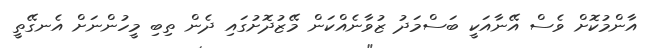
އާންމުކޮށް ވެސް އޭނާއަކީ ބަސްމަދު ޒުވާނެއްކަން މޭޒުދޮށުގައި ދެން ތިބި މީހުންނަށް އެނގޭތީ